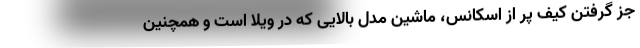
جز گرفتن کیف پر از اسکانس، ماشین مدل بالایی که در ویلا است و همچنین